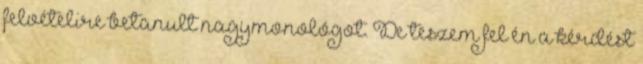
felvételire betanult nagymonológot. De teszem fel én a kérdést